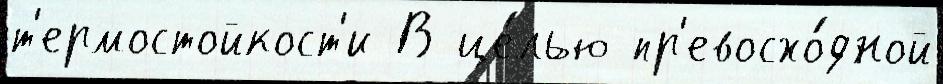
т'ермостойкост'и В це́лью пр'евосхо́дной